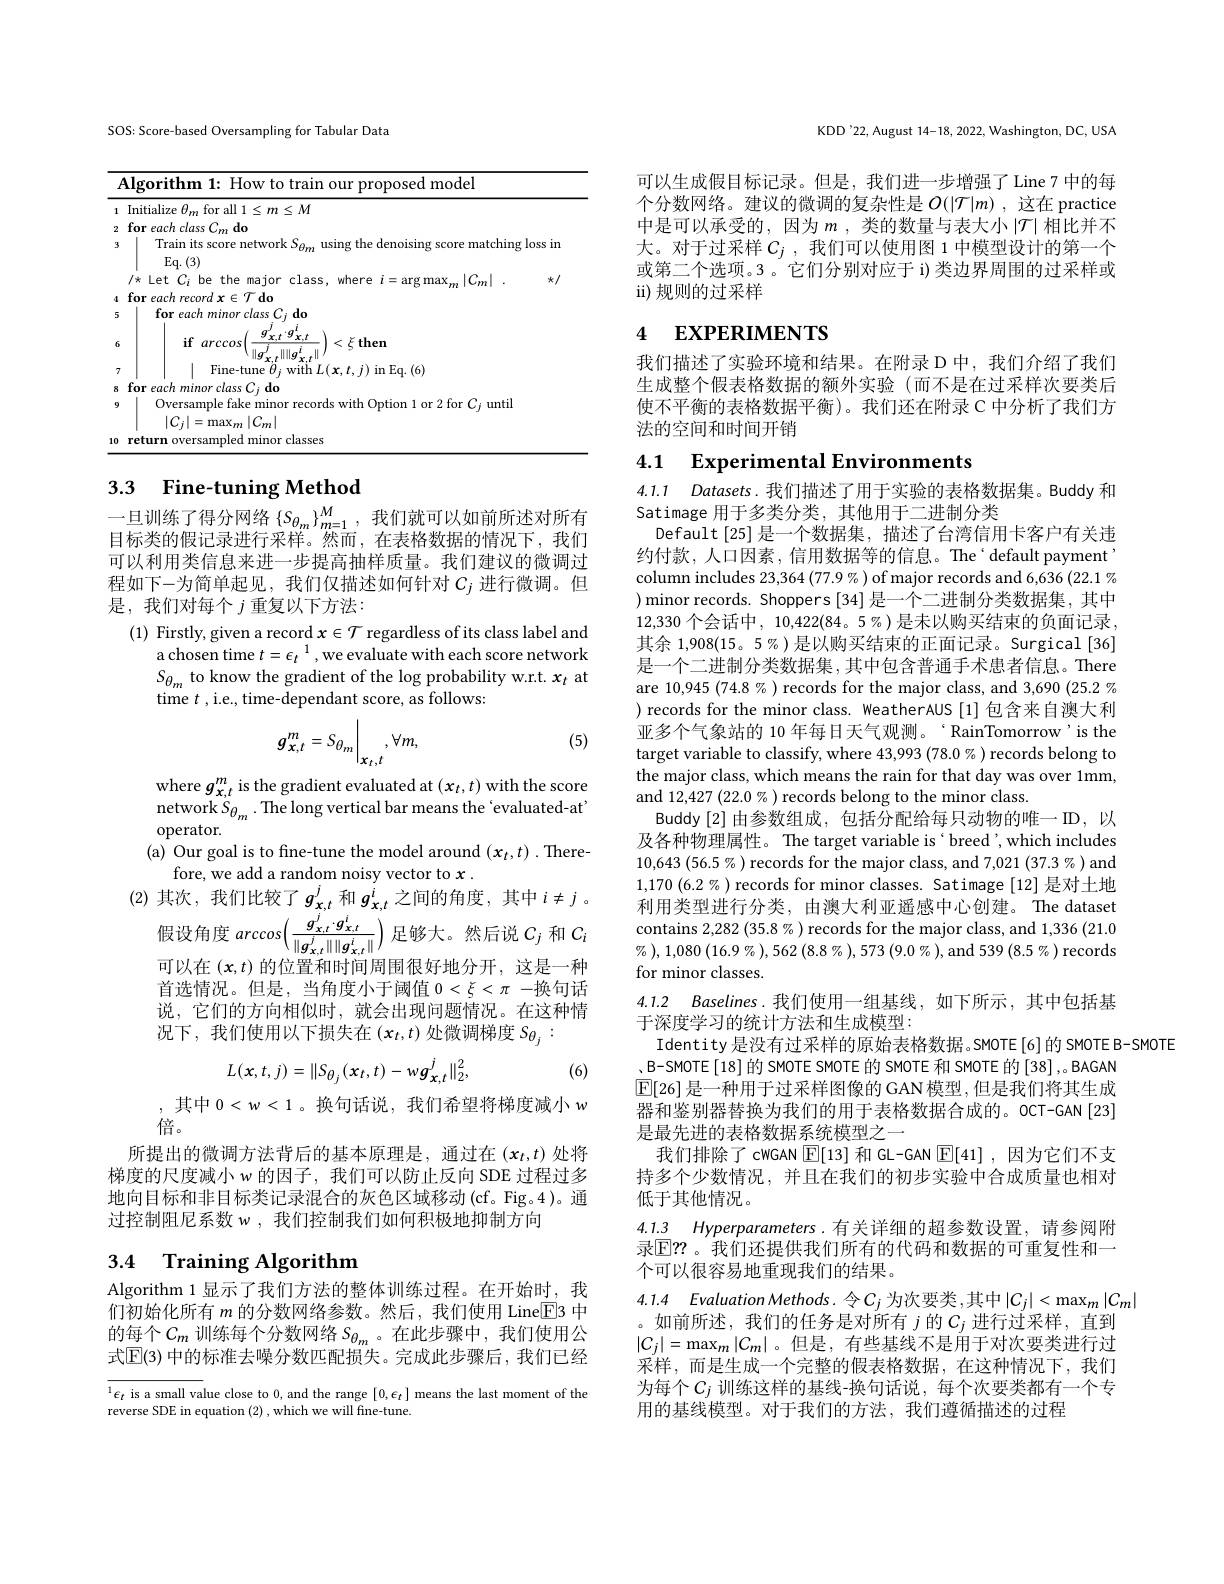
SOS: Score-based Oversampling for Tabular Data

<table>
	<tbody>
		<tr>
			<td>$I$</td>
			<td>Algorithm 1: How to train our proposed model</td>
			<td> </td>
		</tr>
		<tr>
			<td>1</td>
			<td>$1\leq M$ $m$</td>
			<td> </td>
		</tr>
		<tr>
			<td>T 5</td>
			<td>5 for each minor class $C_{i}\textbf{ do}$</td>
			<td> </td>
		</tr>
		<tr>
			<td> </td>
			<td>Y</td>
			<td> </td>
		</tr>
		<tr>
			<td> </td>
			<td>(6)</td>
			<td> </td>
		</tr>
		<tr>
			<td>8</td>
			<td>S minn</td>
			<td> </td>
		</tr>
		<tr>
			<td>9</td>
			<td>Oversample fake minor records with Option 1 or 2 for $C_i$ unti</td>
			<td> </td>
		</tr>
		<tr>
			<td>10</td>
			<td>$|C_{j}|=\max_{m}|C_{m}|$ ${\mathrm{~return~oversampled~minor~classes}}$ 10</td>
			<td> </td>
		</tr>
	</tbody>
</table>

# 3.3 Fine-tuning Method

一 旦 训 练 了 得 分 网 络 $\left \{ S_{\theta _m}\right \} _{m= 1}^M$,我 们 就 可 以 如 前 所 述 对 所 有 目 标 类 的 假 记 录 进 行 采 样 。然 而 ,在 表 格 数 据 的 情 况 下 , 我 们可以利用类信息来进一步提高抽样质量。我们建议的微调过程如下-为简单起见，我们仅描述如何针对$C_j$进行微调。但是，我们对每个$j$重复以下方法：

(1) Firstly, given a record $x\in\mathcal{T}$ regardless of its class label and
a chosen time $t=\epsilon_t{}{}^{1}$,we evaluate with each score network $S_{\theta_m}$ to know the gradient of the log probability w.r.t. $x_t$ at time $t$ , i.e., time-dependant score, as follows:

(5)
$$g_{x,t}^{m}=S_{\theta_{m}}\bigg|_{x_{t},t},\forall m,$$
where $g_{x,t}^{m}$ is the gradient evaluated at $(x_t,t)$ with the score network $S_{\theta_m}$ .The long vertical bar means the 'evaluated-at' operator.
(a) Our goal is to fine-tune the model around $(x_t,t).$ There-
fore, we add a random noisy vector to $x.$
(2)其次，我们比较了$g_x,t^j$和$g_{x,t}^i$之间的角度，其中$i\neq j$ 。
假设角度$arccos\left(\frac{g_{x,t}^{\prime}\cdot g_{x,t}^{\prime}}{\|g_{x,t}^{j}\|\|g_{x,t}^{i}\|}\right)$足够大。然后说$C_j$和$C_i$ 可以在$(\boldsymbol{x},t)$的位置和时间周围很好地分开，这是一种首选情况。但是，当角度小于阈值 $0<\xi<\pi-$换句话说，它们的方向相似时，就会出现问题情况。在这种情况下，我们使用以下损失在$(x_t,t)$处微调梯度$S_{\theta_j}:$
$$L(x,t,j)=\|S_{\theta_{j}}(x_{t},t)-wg_{x,t}^{j}\|_{2}^{2},$$
(6)

,其中$0<w<1$。换句话说，我们希望将梯度减小$w$
倍。
所提出的微调方法背后的基本原理是，通过在(x_t,t)处将梯度的尺度减小 w 的因子，我们可以防止反向 SDE 过程过多地向目标和非目标类记录混合的灰色区域移动(cf。Fig。4)。通过控制阻尼系数 w , 我们控制我们如何积极地抑制方向

## 3.4 Training Algorithm

Algorithm 1 显示了我们方法的整体训练过程。在开始时，我们初始化所有$m$的分数网络参数。然后，我们使用 Line$\overline{\mathrm{E}}$3 中的每个$C_m$ 训练每个分数网络 $S_{\theta_m}$ 。在此步骤中，我们使用公式$\mathbb{E}(3)$ 中的标准去噪分数匹配损失。完成此步骤后，我们已经

$^{1}\epsilon_t$ is a small value close to 0, and the range $[0,\epsilon_t]$ means the last moment of the
reverse SDE in equation (2) , which we will fne-tune.

KDD'22, August 14-18, 2022, Washington, DC, USA

可以生成假目标记录。但是，我们进一步增强了 Line 7 中的每个分数网络。建议的微调的复杂性是$O(|\mathcal{T}|m)$,这在 practice 中是可以承受的，因为$m$ ,类的数量与表大小 $|\mathcal{T}|$ 相比并不大。对于过采样$C_j$,我们可以使用图 1 中模型设计的第一个或第二个选项。3 。它们分别对应于 i) 类边界周围的过采样或ii)规则的过采样

# 4 EXPERIMENTS

我们描述了实验环境和结果。在附录 D 中，我们介绍了我们生成整个假表格数据的额外实验(而不是在过采样次要类后使不平衡的表格数据平衡)。我们还在附录 C 中分析了我们方法的空间和时间开销

4.1 Experimental Environments

4.1.1 Datasets.我们描述了用于实验的表格数据集。Buddy 和
Satimage 用于多类分类，其他用于二进制分类
Default[25]是一个数据集，描述了台湾信用卡客户有关违约付款，人口因素，信用数据等的信息。The‘default payment column includes $23,364\left(77.9\%\right)$of major records and 6,636 (22.1 % ) minor records. Shoppers [34] 是一个二进制分类数据集，其中12,330 个会话中，10,422(84。5%)是未以购买结束的负面记录其余 1,908(15。5%)是以购买结束的正面记录。Surgical[36] 是一个二进制分类数据集，其中包含普通手术患者信息。There are 10,945 (74.8%) records for the major class, and 3,690 (25.2 %) ) records for the minor class. WeatherAUS [1]包含来自澳大利亚多个气象站的 10 年每日天气观测。‘RainTomorrow’is the target variable to classify, where 43,993 (78.0%) records belong to the major class, which means the rain for that day was over 1mm, and 12,427 (22.0% ) records belong to the minor class.
Buddy [2]由参数组成，包括分配给每只动物的唯一 ID ,以及各种物理属性。The target variable is‘breed’,which includes $10,643(56.5%)$ records for the major class, and 7,021 (37.3%) and $1,170\left(6.2\%\right)$records for minor classes. Satimage [12] 是对土地利用类型进行分类，由澳大利亚遥感中心创建。The dataset contains 2,282 (35.8%) records for the major class, and 1,336 (21.0) $\%),1,080\left(16.9\%\right),562\left(8.8\%\right),573\left(9.0\%\right)$,and 539$\left(8.5\%\right)$records for minor classes.

4.1.2 $Baselines.$我们使用一组基线，如下所示，其中包括基

于深度学习的统计方法和生成模型：
Identity 是没有过采样的原始表格数据。SMOTE[6]的 SMOTE B-SMOTE
,B-SMOTE$\left[18\right]$的 SMOTE SMOTE 的 SMOTE 和 SMOTE 的 [38] ,。BAGAN $\operatorname{E}[$26] 是一种用于过采样图像的 GAN 模型 ,但是我们将其生成器和鉴别器替换为我们的用于表格数据合成的。OCT-GAN[23] 是最先进的表格数据系统模型之一
我们排除了cWGAN $\boxed{\mathbb{E}}[13]$和 GL-GAN $\boxed{\mathbb{F}}[41]$,因为它们不支持多个少数情况，并且在我们的初步实验中合成质量也相对低于其他情况。

4.1.3 Hyperparameters.有关详细的超参数设置，请参阅附录$\mathbb{E}?$。我们还提供我们所有的代码和数据的可重复性和一个可以很容易地重现我们的结果。

4.1.4 Evaluation Methods.令$C_j$ 为次要类，其中$|C_j|<\max_m|C_m|$
。如前所述，我们的任务是对所有$j$的$C_j$进行过采样，直到$|C_{j}|=\operatorname*{max}_{m}|C_{m}|$。但是，有些基线不是用于对次要类进行过采样，而是生成一个完整的假表格数据，在这种情况下，我们为每个$C_j$训练这样的基线-换句话说，每个次要类都有一个专用的基线模型。对于我们的方法，我们遵循描述的过程